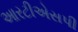
આરટીએસપી